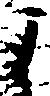
よ